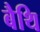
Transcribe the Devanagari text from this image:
बैथि